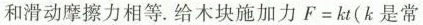
和滑动摩擦力相等.给木块施加力F=kt(k是常